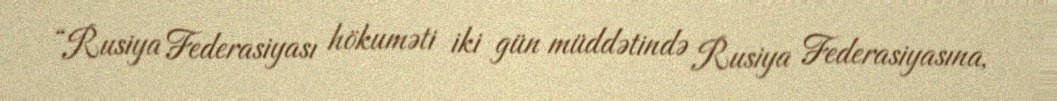
“Rusiya Federasiyası hökuməti iki gün müddətində Rusiya Federasiyasına,